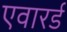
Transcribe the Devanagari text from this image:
एवारर्ड